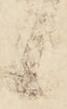
候